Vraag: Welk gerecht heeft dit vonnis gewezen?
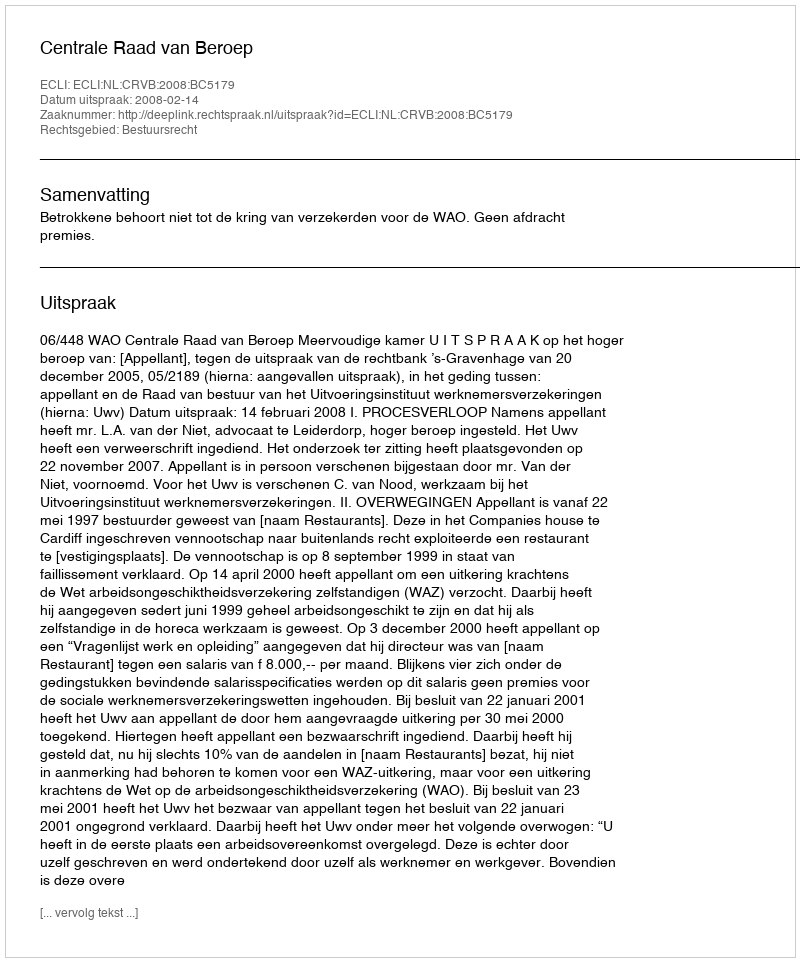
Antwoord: Centrale Raad van Beroep